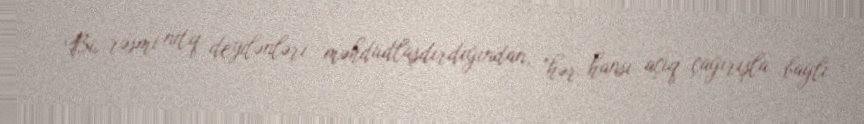
Bu rəsmi nitq deyilənləri məhdudlaşdırdığından, "hər hansı açıq çağırışla bağlı